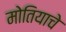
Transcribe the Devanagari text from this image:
मोतियाचे